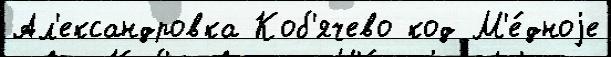
Ал'ександровка Коб'ячево код М'е́дноjе